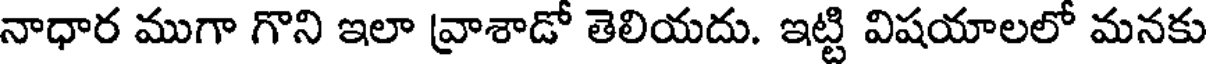
నాధార ముగా గొని ఇలా వ్రాశాడో తెలియదు. ఇట్టి విషయాలలో మనకు